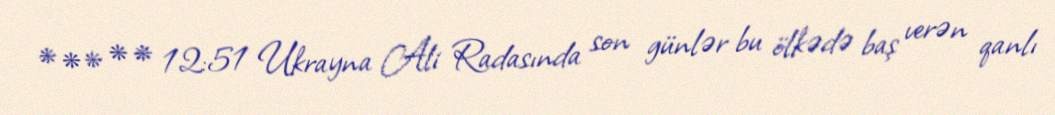
* * * * * 12:51 Ukrayna Ali Radasında son günlər bu ölkədə baş verən qanlı